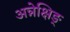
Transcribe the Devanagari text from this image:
अन्नेक्षिङ्